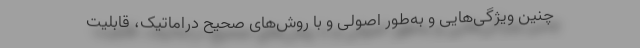
چنین ویژگی‌هایی و به‌طور اصولی و با روش‌های صحیح دراماتیک، قابلیت